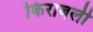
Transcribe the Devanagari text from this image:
किराबली